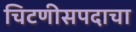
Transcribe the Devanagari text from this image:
चिटणीसपदाचा